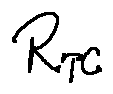
R _ { T } c